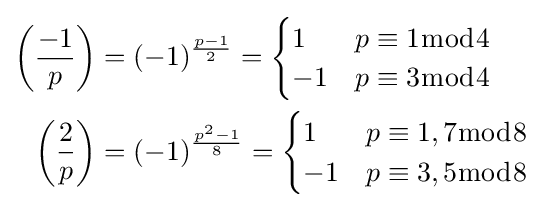
{\begin{aligned}\left({\frac {-1}{p}}\right)&=(-1)^{\frac {p-1}{2}}={\begin{cases}1&p\equiv 1{\bmod {4}}\\-1&p\equiv 3{\bmod {4}}\end{cases}}\\\left({\frac {2}{p}}\right)&=(-1)^{\frac {p^{2}-1}{8}}={\begin{cases}1&p\equiv 1,7{\bmod {8}}\\-1&p\equiv 3,5{\bmod {8}}\end{cases}}\end{aligned}}